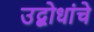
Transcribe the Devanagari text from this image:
उद्बोधांचे